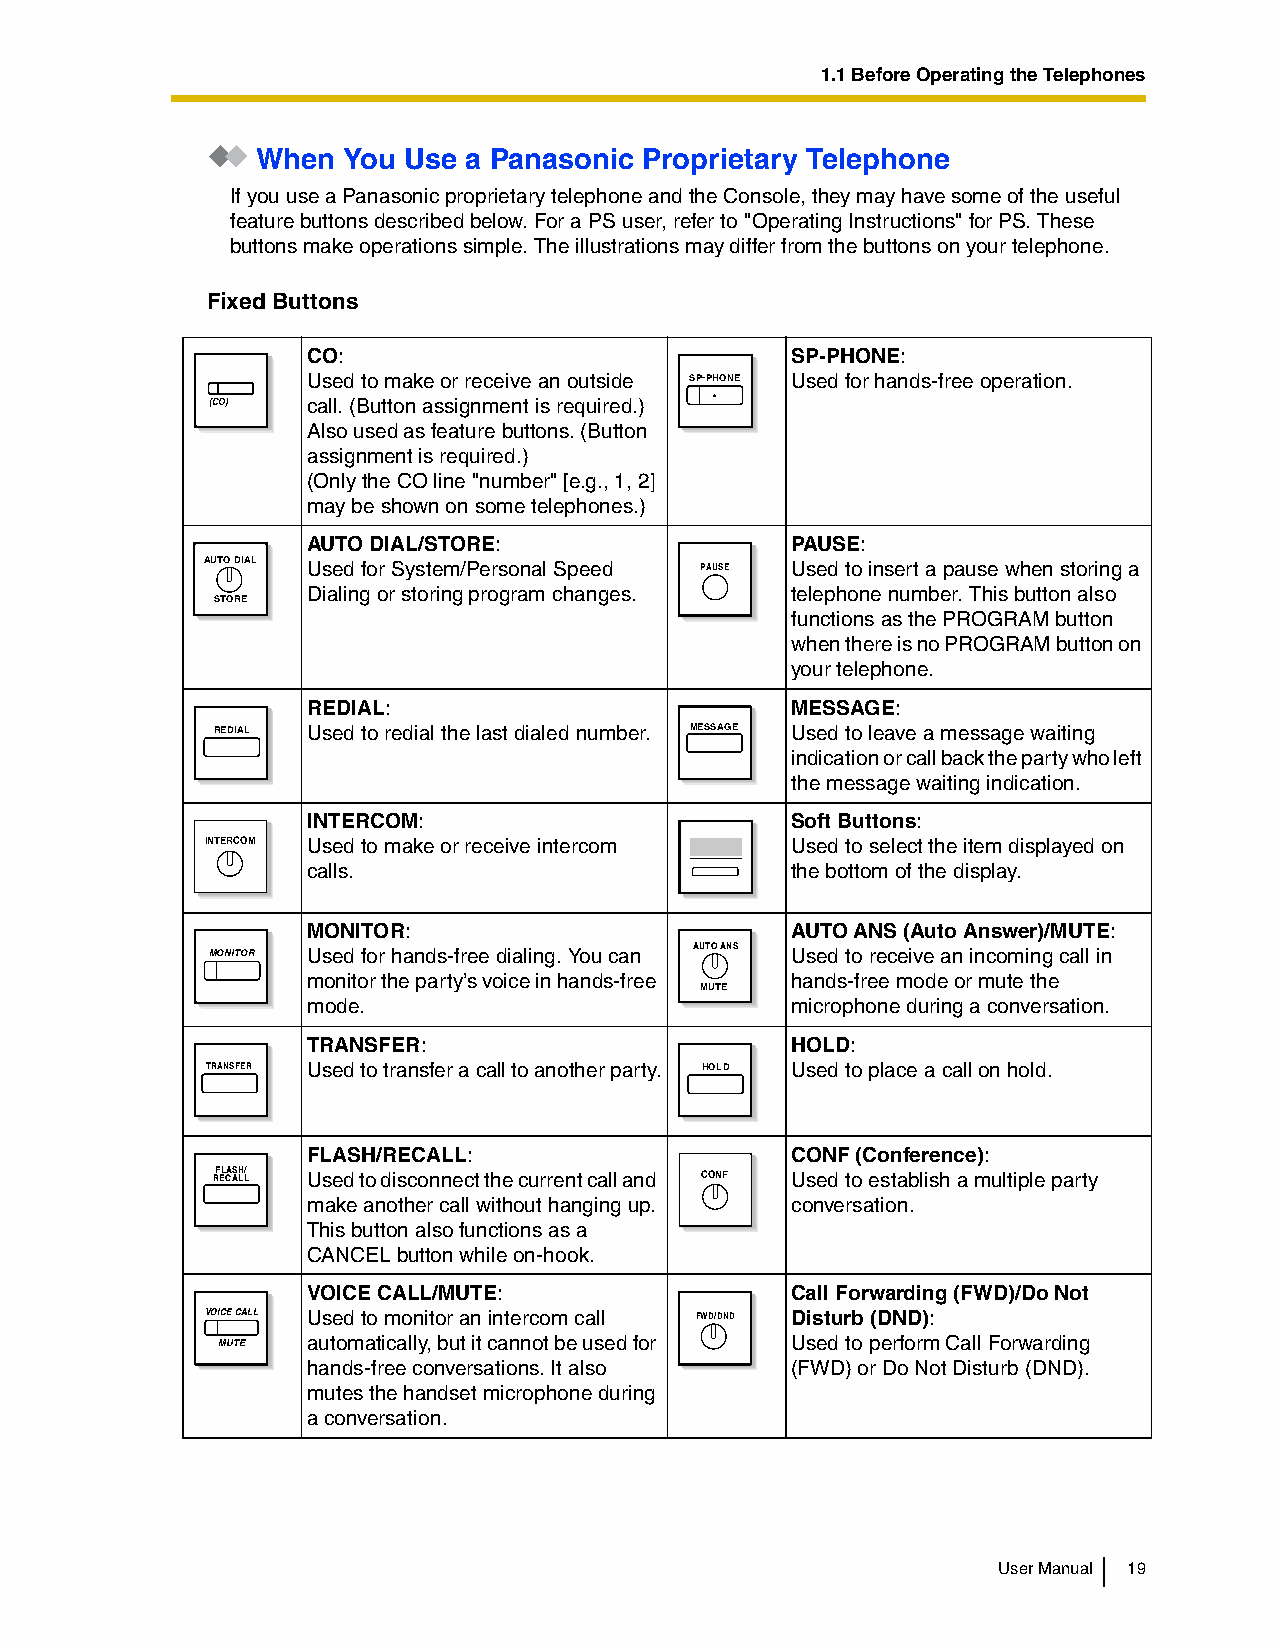
1.1 Before Operating the Telephones
 When  You Use a Panasonic Proprietary Telephone
 If you use a Panasonic proprietary telephone and the Console, they may have some of the useful
 feature buttons described below. For a PS user, refer to "Operating Instructions" for PS. These
 buttons make operations simple. The illustrations may differ from the buttons on your telephone.
 Fixed Buttons
 CO:                             SP-PHONE:
 Used to make or receive an outside SP-PHONE Used for hands-free operation.
 (CO)  call. (Button assignment is required.)
 Also used as feature buttons. (Button
 assignment is required.)
 (Only the CO line "number" [e.g., 1, 2]
 may be shown on some telephones.)
 AUTO DIAL/STORE:                PAUSE:
 AUTO DIAL Used for System/Personal Speed PAUSE Used to insert a pause when storing a
 Dialing or storing program changes. telephone number. This button also
 STORE
 functions as the PROGRAM button
 when there is no PROGRAM button on
 your telephone.
 REDIAL:                         MESSAGE:
 REDIAL Used to redial the last dialed number. MESSAGE Used to leave a message waiting
 indication or call back the party who left
 the message waiting indication.
 INTERCOM:                       Soft Buttons:
 INTERCOM Used to make or receive intercom Used to select the item displayed on
 calls.                          the bottom of the display.
 MONITOR:                        AUTO ANS (Auto Answer)/MUTE:
 MONITOR Used for hands-free dialing. You can AUTO ANS Used to receive an incoming call in
 monitor the party’s voice in hands-free hands-free mode or mute the
 MUTE
 mode.                           microphone during a conversation.
 TRANSFER:                       HOLD:
 TRANSFER Used to transfer a call to another party. HOLD Used to place a call on hold.
 FLASH/RECALL:                   CONF (Conference):
 RF EL CA AS LH L/ Used to disconnect the current call and CONF Used to establish a multiple party
 make another call without hanging up. conversation.
 This button also functions as a
 CANCEL button while on-hook.
 VOICE CALL/MUTE:                Call Forwarding (FWD)/Do Not
 VOICE CALL Used to monitor an intercom call FWD/DND Disturb (DND):
 MUTE  automatically, but it cannot be used for Used to perform Call Forwarding
 hands-free conversations. It also (FWD) or Do Not Disturb (DND).
 mutes the handset microphone during
 a conversation.
 User Manual 19